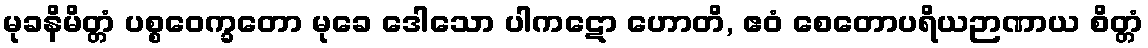
မုခနိမိတ္တံ ပစ္စဝေက္ခတော မုခေ ဒေါသော ပါကဋော ဟောတိ, ဧဝံ စေတောပရိယဉာဏာယ စိတ္တံ